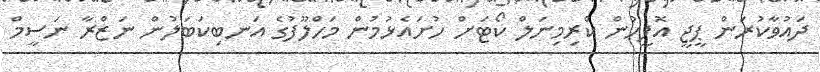
ދައުވާކުރަން ޕީޖީ އޮފީހުން ކްރިމިނަލް ކޯޓަށް ހުށައެޅުމުން މަހްލޫފުގެ އަނބިކަބަލުން ނަޒްރާ ނަސީމް